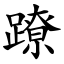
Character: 蹽